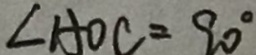
\angle A O C = 9 0 ^ { \circ }